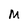
Character: M